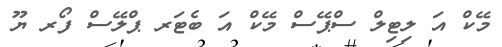
މޭކް އަ ލިޓިލް ސްޕޭސް މޭކް އަ ބެޓަރ ޕްލޭސް ފޯރ ޔޫ